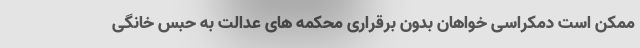
ممکن است دمکراسی خواهان بدون برقراری محکمه های عدالت به حبس خانگی